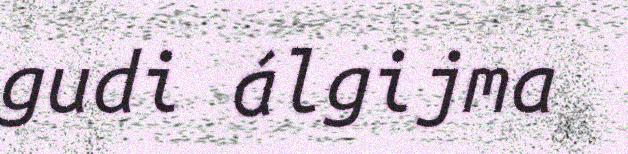
gudi álgijma